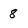
Character: 8